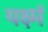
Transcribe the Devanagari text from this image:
यक्ष्मं